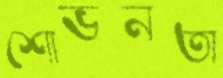
শোভনতা